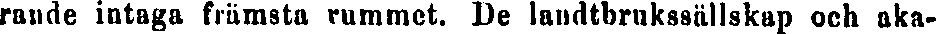
rande intaga främsta rummet. De landtbrukssällskap och aka-